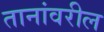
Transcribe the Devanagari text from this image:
तानांवरील